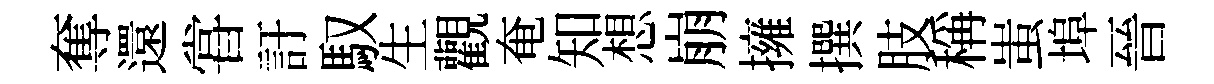
奪還甞訏馭生觀奄知想崩擁撰肢稱蚩埠晉